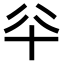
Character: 𠦎